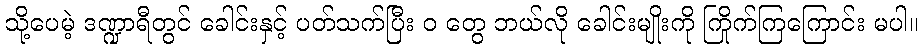
သို့ပေမဲ့ ဒဏ္ဍာရီတွင် ခေါင်းနှင့် ပတ်သက်ပြီး ဝ တွေ ဘယ်လို ခေါင်းမျိုးကို ကြိုက်ကြကြောင်း မပါ။